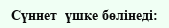
Сүннет  үшке бөлінеді: